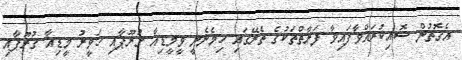
އެގޮތުން ސޮއިކުރައްވާފައިވާ ފަރާތްތަކުގެ ތެރޭގައި ހިމެނެނީ ވީމީޑިއާ ގުރޫޕާއި ހަވީރު މީޑިއާ ގުރޫޕާއި